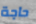
حاجة